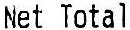
NET TOTAL